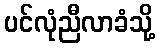
ပင်လုံညီလာခံသို့